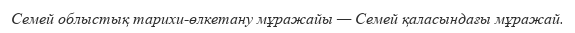
Семей облыстық тарихи-өлкетану мұражайы — Семей қаласындағы мұражай.